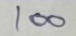
100